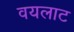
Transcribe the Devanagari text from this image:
वयलाट